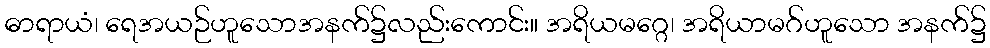
ဓာရာယံ၊ ရေအယဉ်ဟူသောအနက်၌လည်းကောင်း။ အရိယမဂ္ဂေ၊ အရိယာမဂ်ဟူသော အနက်၌